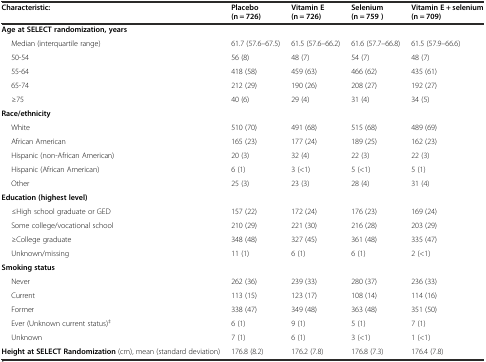
<table><thead><tr><td><b>Characteristic:</b></td><td><b>Placebo (n = 726)</b></td><td><b>Vitamin E (n = 726)</b></td><td><b>Selenium (n = 759 )</b></td><td><b>Vitamin E + selenium (n = 709)</b></td></tr></thead><tbody><tr><td><b>Age at SELECT randomization, years</b></td><td></td><td></td><td></td><td></td></tr><tr><td>Median (interquartile range)</td><td>61.7 (57.6–67.5)</td><td>61.5 (57.6–66.2)</td><td>61.6 (57.7–66.8)</td><td>61.5 (57.9–66.6)</td></tr><tr><td>50-54</td><td>56 (8)</td><td>48 (7)</td><td>54 (7)</td><td>48 (7)</td></tr><tr><td>55-64</td><td>418 (58)</td><td>459 (63)</td><td>466 (62)</td><td>435 (61)</td></tr><tr><td>65-74</td><td>212 (29)</td><td>190 (26)</td><td>208 (27)</td><td>192 (27)</td></tr><tr><td>≥75</td><td>40 (6)</td><td>29 (4)</td><td>31 (4)</td><td>34 (5)</td></tr><tr><td><b>Race/ethnicity</b></td><td></td><td></td><td></td><td></td></tr><tr><td>White</td><td>510 (70)</td><td>491 (68)</td><td>515 (68)</td><td>489 (69)</td></tr><tr><td>African American</td><td>165 (23)</td><td>177 (24)</td><td>189 (25)</td><td>162 (23)</td></tr><tr><td>Hispanic (non-African American)</td><td>20 (3)</td><td>32 (4)</td><td>22 (3)</td><td>22 (3)</td></tr><tr><td>Hispanic (African American)</td><td>6 (1)</td><td>3 (&lt;1)</td><td>5 (&lt;1)</td><td>5 (1)</td></tr><tr><td>Other</td><td>25 (3)</td><td>23 (3)</td><td>28 (4)</td><td>31 (4)</td></tr><tr><td><b>Education (highest level)</b></td><td></td><td></td><td></td><td></td></tr><tr><td>≤High school graduate or GED</td><td>157 (22)</td><td>172 (24)</td><td>176 (23)</td><td>169 (24)</td></tr><tr><td>Some college/vocational school</td><td>210 (29)</td><td>221 (30)</td><td>216 (28)</td><td>203 (29)</td></tr><tr><td>≥College graduate</td><td>348 (48)</td><td>327 (45)</td><td>361 (48)</td><td>335 (47)</td></tr><tr><td>Unknown/missing</td><td>11 (1)</td><td>6 (1)</td><td>6 (1)</td><td>2 (&lt;1)</td></tr><tr><td><b>Smoking status</b></td><td></td><td></td><td></td><td></td></tr><tr><td>Never</td><td>262 (36)</td><td>239 (33)</td><td>280 (37)</td><td>236 (33)</td></tr><tr><td>Current</td><td>113 (15)</td><td>123 (17)</td><td>108 (14)</td><td>114 (16)</td></tr><tr><td>Former</td><td>338 (47)</td><td>349 (48)</td><td>363 (48)</td><td>351 (50)</td></tr><tr><td>Ever (Unknown current status)<sup>‡</sup></td><td>6 (1)</td><td>9 (1)</td><td>5 (1)</td><td>7 (1)</td></tr><tr><td>Unknown</td><td>7 (1)</td><td>6 (1)</td><td>3 (&lt;1)</td><td>1 (&lt;1)</td></tr><tr><td><b>Height at SELECT Randomization</b> (cm), mean (standard deviation)</td><td>176.8 (8.2)</td><td>176.2 (7.8)</td><td>176.8 (7.3)</td><td>176.4 (7.8)</td></tr></tbody></table>